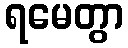
ရမေတွာ